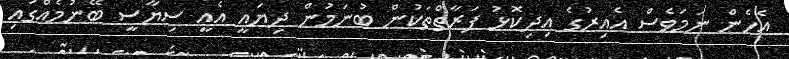
އެހެން ނަމަވެސް އެއިރުގެ އިދިކޮޅު ފަރާތްތަކުން ބުނަމުން ދިޔައީ އެއީ ސިޔާސީ ބޭނުމެއްގައި